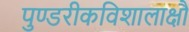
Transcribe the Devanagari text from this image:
पुण्डरीकविशालाक्षौ